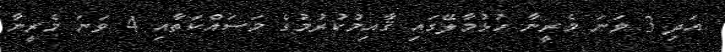
އަދި 3 ވަނަ މެރީނާ ހުޅުމާލޭގައި ޤާއިމުކުރުމުގެ މަސައްކަތާއި 4 ވަނަ މެރީނާ